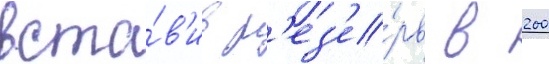
вста́в'ив р'ез'е́рв в 200